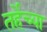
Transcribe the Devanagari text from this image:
तर्हेच्या